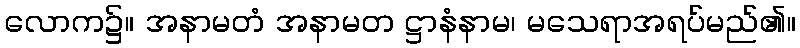
လောက၌။ အနာမတံ အနာမတ ဋ္ဌာနံနာမ၊ မသေရာအရပ်မည်၏။